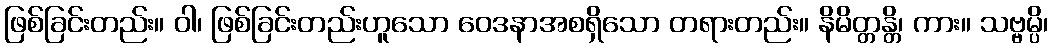
ဖြစ်ခြင်းတည်း။ ဝါ၊ ဖြစ်ခြင်းတည်းဟူသော ဝေဒနာအစရှိသော တရားတည်း။ နိမိတ္တန္တိ၊ ကား။ သဗ္ဗမ္ပိ၊